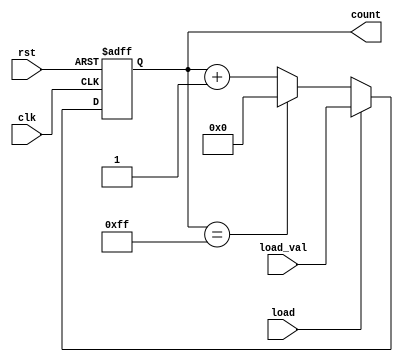
module LoadableCounter (
    input wire clk,              // Clock input
    input wire rst,              // Active-high reset
    input wire load,             // Active-high load signal
    input wire [7:0] load_val,   // Value to load into the counter
    output reg [7:0] count       // Current count value
);

    // Define maximum and minimum values for the 8-bit counter
    localparam MAX_COUNT = 8'd255;
    localparam MIN_COUNT = 8'd0;

    // Synchronous logic for the counter
    always @(posedge clk or posedge rst) begin
        if (rst) begin
            count <= MIN_COUNT;   // Reset counter to minimum value
        end else if (load) begin
            count <= load_val;    // Load new value into counter
        end else begin
            // Increment and wrap around
            if (count == MAX_COUNT) begin
                count <= MIN_COUNT; // Wrap around to minimum
            end else begin
                count <= count + 1; // Increment counter
            end
        end
    end

endmodule